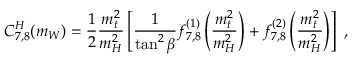
C _ { 7 , 8 } ^ { H } ( m _ { W } ) = \frac { 1 } { 2 } \frac { m _ { t } ^ { 2 } } { m _ { H } ^ { 2 } } \left[ \frac { 1 } { \tan ^ { 2 } \beta } f _ { 7 , 8 } ^ { ( 1 ) } \left( \frac { m _ { t } ^ { 2 } } { m _ { H } ^ { 2 } } \right) + f _ { 7 , 8 } ^ { ( 2 ) } \left( \frac { m _ { t } ^ { 2 } } { m _ { H } ^ { 2 } } \right) \right] \ ,